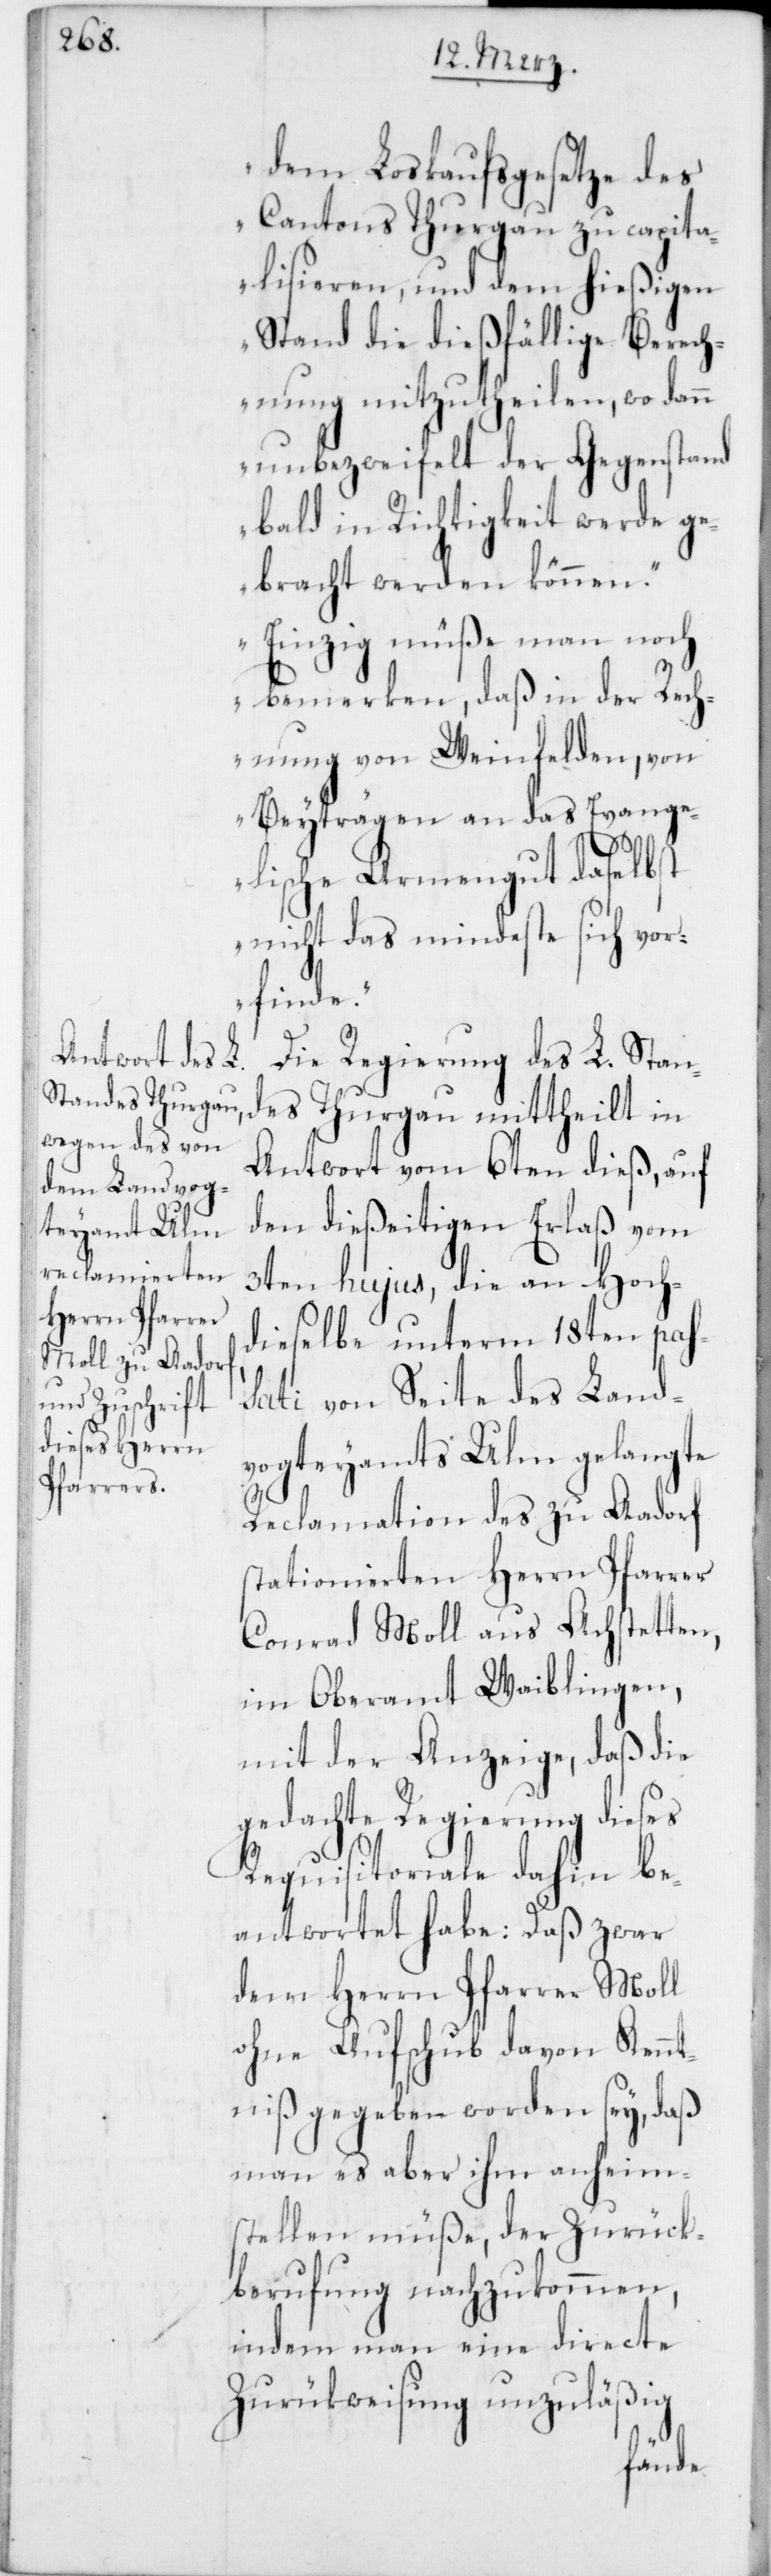
dem Loskaufgesetze des
Cantons Thurgau zu capita¬
lisieren, und dem hießigen
Stand die dießfällige Berech¬
nung mitzutheilen, wo dann
unbezweifelt der Gegenstand
bald in Richtigkeit werde ge¬
bracht werden können.
Einzig müße man noch
bemerken, daß in der Rech¬
nung von Weinfelden, von
Beyträgen an das Evange¬
lische Armengut daselbst
nicht das mindeste sich vor¬
finde.“
Die Regierung des L. Stan¬
des Thurgau mittheilt in
Antwort vom 6ten dieß, auf
den dießeitigen Erlaß vom
3ten hujus, die an Hoch¬
dieselbe unterm 18ten pas¬
sati von Seite des Land¬
vogteyamts Ulm gelangte
Reclamation des zu Aadorf
stationierten Herrn Pfarrer
Conrad Moll aus Achstetten,
im Oberamt Waiblingen,
mit der Anzeige, daß die
Regierung dieses
Requisitoriale dahin be¬
antwortet habe: Daß zwar
dem Herrn Pfarrer Moll
ohne Aufschub davon Kennt¬
niß gegeben worden sey, daß
man es aber ihm anheim¬
stellen müße, der Zurück¬
berufung nachzukommen,
indem man eine directe
Zurükweisung unzuläßig